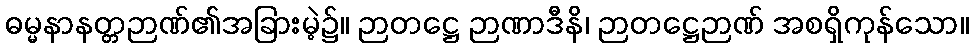
ဓမ္မနာနတ္တဉာဏ်၏အခြားမဲ့၌။ ဉာတဋ္ဌေ ဉာဏာဒီနိ၊ ဉာတဋ္ဌေဉာဏ် အစရှိကုန်သော။